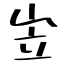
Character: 岦